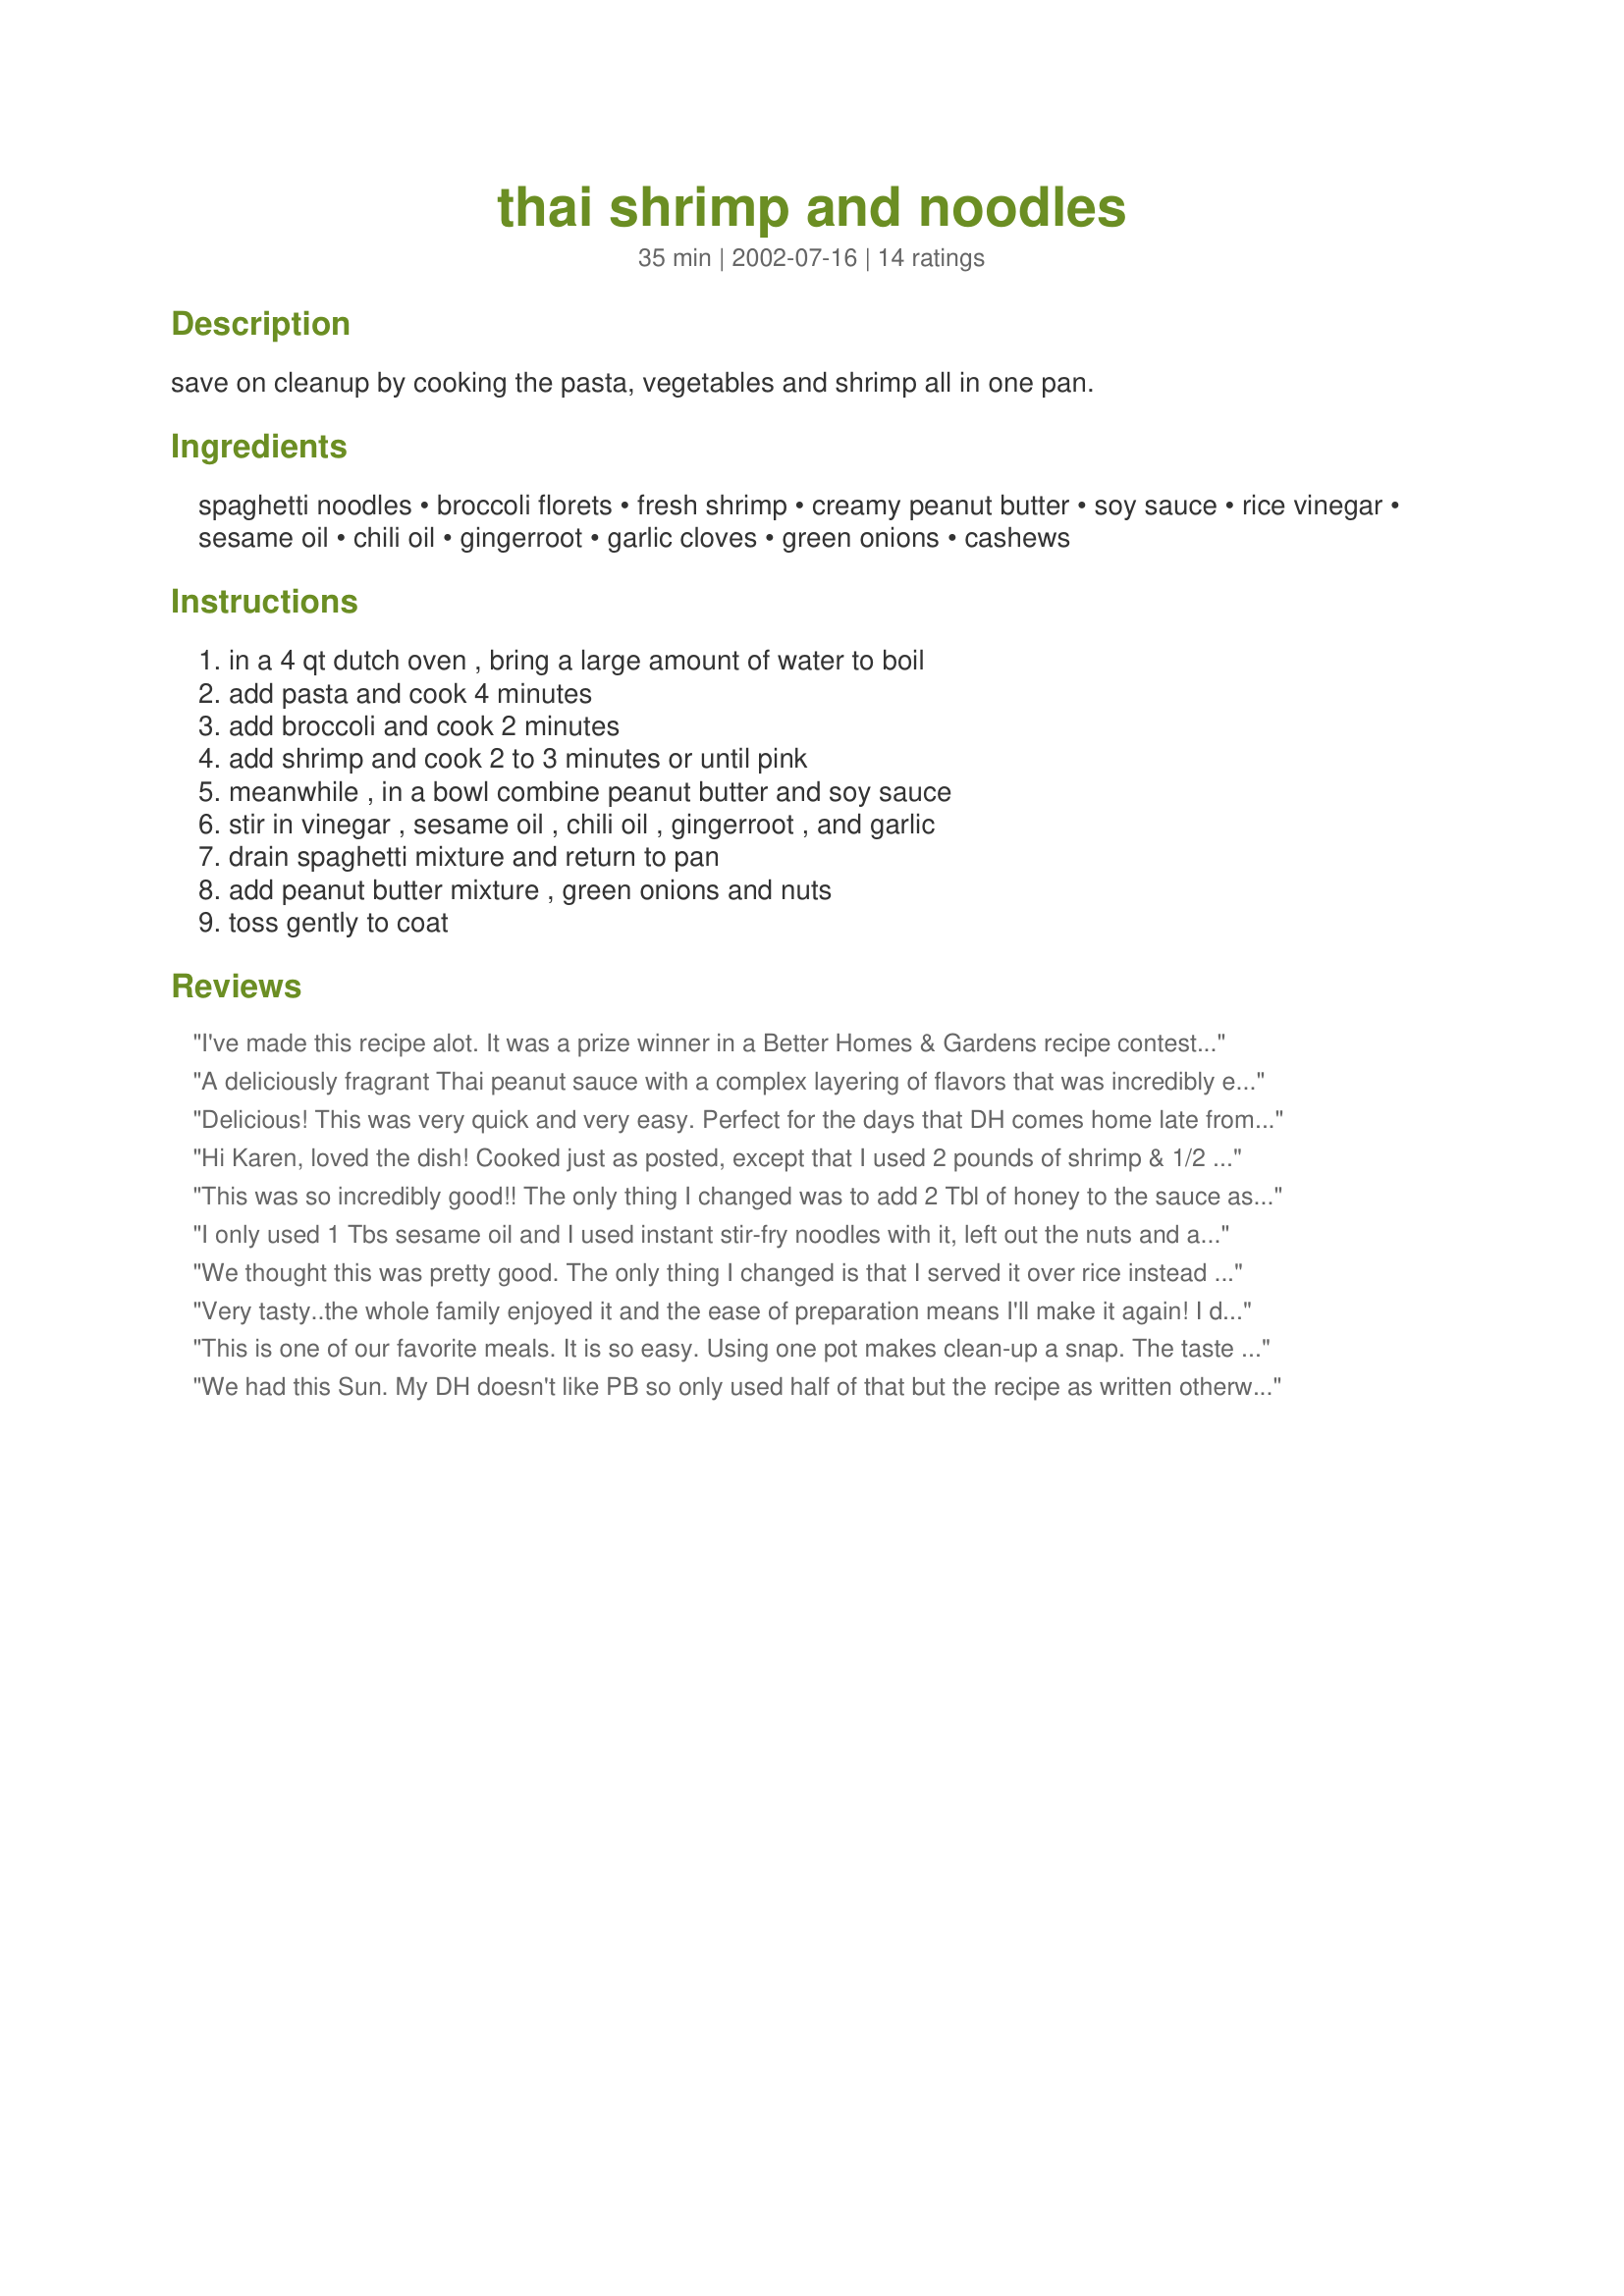
thai shrimp and noodles
Preparation time: 35 minutes

save on cleanup by cooking the pasta, vegetables and shrimp all in one pan.

Ingredients:
spaghetti noodles, broccoli florets, fresh shrimp, creamy peanut butter, soy sauce, rice vinegar, sesame oil, chili oil, gingerroot, garlic cloves, green onions, cashews

Steps:
in a 4 qt dutch oven , bring a large amount of water to boil, add pasta and cook 4 minutes, add broccoli and cook 2 minutes, add shrimp and cook 2 to 3 minutes or until pink, meanwhile , in a bowl combine peanut butter and soy sauce, stir in vinegar , sesame oil , chili oil , gingerroot , and garlic, drain spaghetti mixture and return to pan, add peanut butter mixture , green onions and nuts, toss gently to coat

Reviews:
I've made this recipe alot. It was a prize winner in a Better Homes & Gardens recipe contest in 1995. I still have the original clipping from the magazine I took it out of and it has been much cherished all these years! It won in the 30-minute meal category. It's a great quick meal on a work night. I'm not into extremely spicy things and for me it has just the right amount of bite.
A deliciously fragrant Thai peanut sauce with a complex layering of flavors that was incredibly easy to put together. I used my food processor to make the sauce. I didn't have peanut butter and used dry roasted nuts with a bit of olive oil as a substitute. I shredded a couple of carrots and placed them on top along with some bean sprouts. Karen, this is such a simple preparation and the results were spectacular. Thanks for providing this recipe.
Delicious! This was very quick and very easy. Perfect for the days that DH comes home late from the surgery. Thanks for posting!
Hi Karen, loved the dish! Cooked just as posted, except that I used 2 pounds of shrimp & 1/2 cup of cashews. It was wonderful and impressive! Served it with miso soup, california rolls (I cheated, I bought them), and pistachio ice cream. We enjoyed them thoroughly! I wasn't able to cook everything last minute. Thank you for sharing this recipe - saved me from posting it. I found it in the All Time Favorites of Better Homes and Gardens. It was a 1995 Prize Tested Recipe Winner - well it got my vote too!!:=)
This was so incredibly good!! The only thing I changed was to add 2 Tbl of honey to the sauce as I thought it needed some sweetness. I loved the time saving cooking method, and have discovered that it is just as wonderful as a cold salad. I will be making this many, many times. Thanks
I only used 1 Tbs sesame oil and I used instant stir-fry noodles with it, left out the nuts and added tofu. It was GREAT. Not quite 6 servings though. Next time I'll make it double for sure!
We thought this was pretty good. The only thing I changed is that I served it over rice instead of noodles. If I were to make this again I would add OJ or pineapple juice or something to the sauce because it seemed like it needed to be sweetened. Thanks for posting!
Very tasty..the whole family enjoyed it and the ease of preparation means I'll make it again! I didn't have chili oil, so I used a few drops of hot sauce but will increase that next time. Thanks for a great entree idea.
This is one of our favorite meals. It is so easy. Using one pot makes clean-up a snap. The taste is fantastic. We have this when we have to eat and run(or even when we don't). I sometimes replace the broccoli with asparagus. My Son likes it this way even better.
We had this Sun. My DH doesn't like PB so only used half of that but the recipe as written otherwise. I had one serving and he finished the entire thing. A must try!
A very good meal - I substituted asparagus for the broccoli and it worked out well. I found the sauce a little thick for my taste and would thin it down next time.
I really liked this recipe - I changed it quite a bit but used the same sauce Karen had (doubled it). I added a lot of vegtables like Bok Choy, Red Peppers, Green Onions, Pea Pods, etc. to make it extra healthy. It was great and good leftover too (even with the shrimp in it)! GREAT!
i had trouble with this one, though i am inexperienced and I think some of it was due to overcooking the noodles, the sauce i think was too gummy and dry, i would have liked it thinner although this could also be due to the type of pasta. I used thai rice noodles. The flavor was excellent and my BF was happy as a clam. I think next time I will double the sauce for my tastes.
Very good! I left out the nuts since DH can't have them, and the green onions since I didn't have any. Otherwise, made as written. Very good, fast and easy to make. I have this in the Better Homes booklet also.
